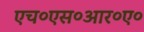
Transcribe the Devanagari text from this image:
एच०एस०आर०ए०